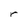
Character: r